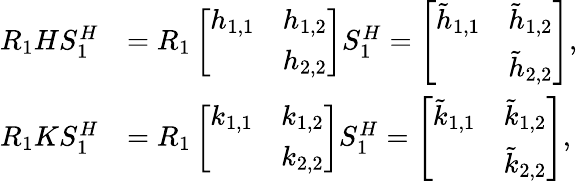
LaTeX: \begin{array}{rl}{R_{1}{H}S_{1}^{H}}&{=R_{1}\left[\begin{array}{ll}{h_{1,1}}&{h_{1,2}}\\ &{h_{2,2}}\end{array}\right]S_{1}^{H}=\left[\begin{array}{ll}{\tilde{h}_{1,1}}&{\tilde{h}_{1,2}}\\ &{\tilde{h}_{2,2}}\end{array}\right],}\\ {R_{1}{K}S_{1}^{H}}&{=R_{1}\left[\begin{array}{ll}{k_{1,1}}&{k_{1,2}}\\ &{k_{2,2}}\end{array}\right]S_{1}^{H}=\left[\begin{array}{ll}{\tilde{k}_{1,1}}&{\tilde{k}_{1,2}}\\ &{\tilde{k}_{2,2}}\end{array}\right],}\end{array}